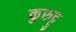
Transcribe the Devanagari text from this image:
कुरुट्टु